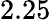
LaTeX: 2.25